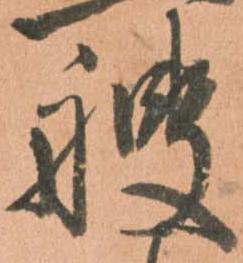
艘